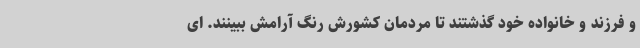
و فرزند و خانواده خود گذشتند تا مردمان کشورش رنگ آرامش ببینند. ای